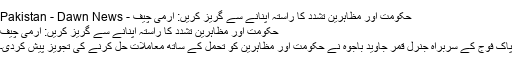
حکومت اور مظاہرین تشدد کا راستہ اپنانے سے گریز کریں: آرمی چیف - Pakistan - Dawn News
حکومت اور مظاہرین تشدد کا راستہ اپنانے سے گریز کریں: آرمی چیف
پاک فوج کے سربراہ جنرل قمر جاوید باجوہ نے حکومت اور مظاہرین کو تحمل کے ساتھ معاملات حل کرنے کی تجویز پیش کردی۔